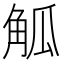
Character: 觚